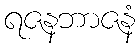
ရဇနဘာဇနံ